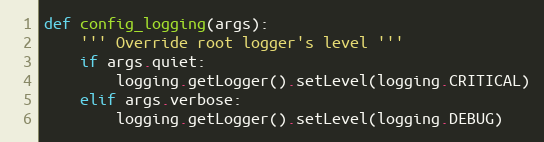
Language: Python
def config_logging(args):
    ''' Override root logger's level '''
    if args.quiet:
        logging.getLogger().setLevel(logging.CRITICAL)
    elif args.verbose:
        logging.getLogger().setLevel(logging.DEBUG)